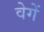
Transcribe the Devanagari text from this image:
वेगें